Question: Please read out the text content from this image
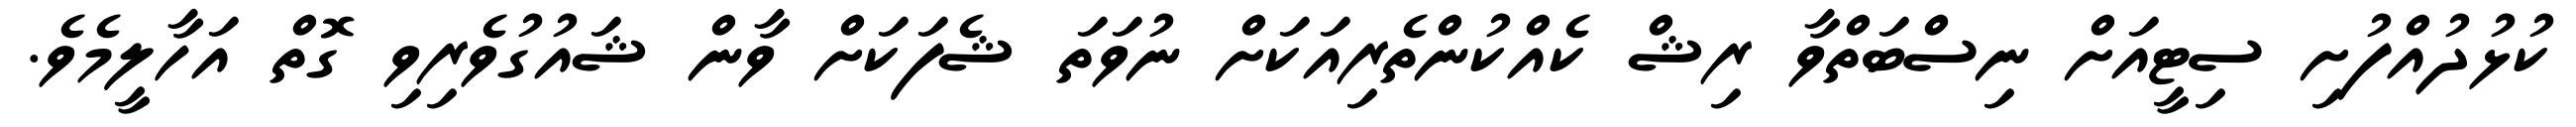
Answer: ކުޅުދުއްފުށި ސިޓީއަށް ނިސްބަތްވާ ރިޝް ކެއްކުންތެރިއަކަށް ނުވަތަ ޝެފަކަށް ވާން ޝައުގުވެރިވި ގޮތް އަހާލީމެވެ.